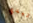
تيدي